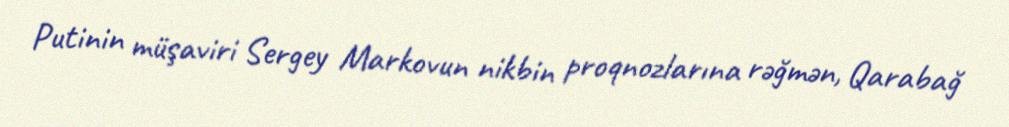
Putinin müşaviri Sergey Markovun nikbin proqnozlarına rəğmən, Qarabağ